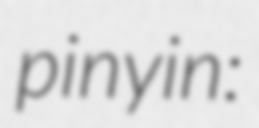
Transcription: pinyin: